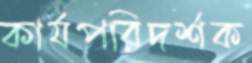
কার্যপরিদর্শক